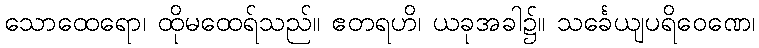
သောထေရော၊ ထိုမထေရ်သည်။ ဧတရဟိ၊ ယခုအခါ၌။ သင်္ခေယျပရိဝေဏေ၊